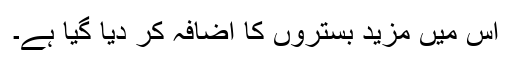
اس میں مزید بستروں کا اضافہ کر دیا گیا ہے۔